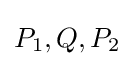
P_{1},Q,P_{2}